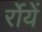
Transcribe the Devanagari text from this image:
र्रोयें